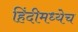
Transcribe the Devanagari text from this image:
हिंदीमध्येच